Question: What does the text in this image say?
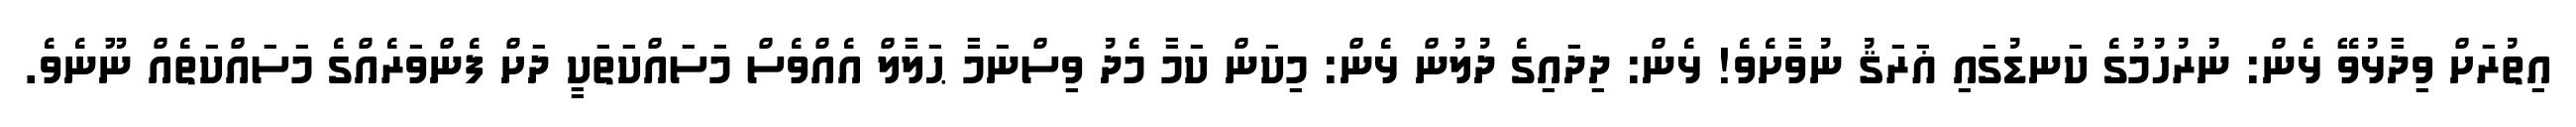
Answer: އިތުރަށް ވިދާޅުވޭ ޅެން: ނުރުހުމުގެ ކަނޑުގައި ޣަރަޤު ނުވާށެވެ! ޅެން: ދިދައިގެ ދުލުން ޅެން: މިކަން ކަމާ މެދު ވިސްނަމާ ޙަލާލް އެއްވެސް މަސައްކަތަކީ ދަށް ފެންވަރެއްގެ މަސައްކަތެއް ނޫނެވެ.